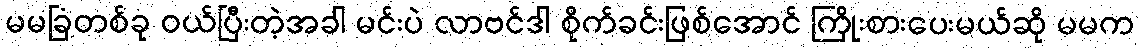
မမခြံတစ်ခု ဝယ်ပြီးတဲ့အခါ မင်းပဲ လာဗင်ဒါ စိုက်ခင်းဖြစ်အောင် ကြိုးစားပေးမယ်ဆို မမက